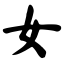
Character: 女